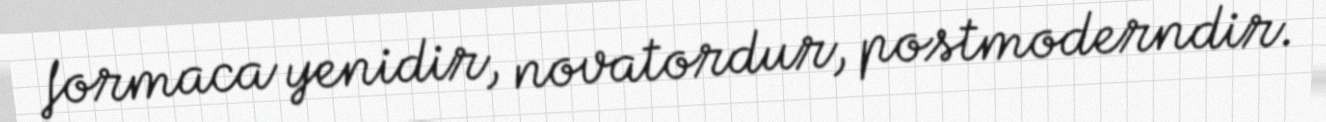
formaca yenidir, novatordur, postmoderndir.